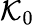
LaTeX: {\cal K}_{0}